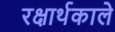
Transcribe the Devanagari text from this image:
रक्षार्थकाले